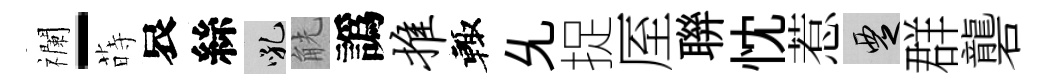
襴-蒔哀絲吼觥譌推輙𠃔捉厔聨忱惹覂群礱